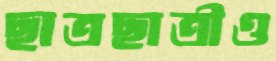
ছাত্রছাত্রীও